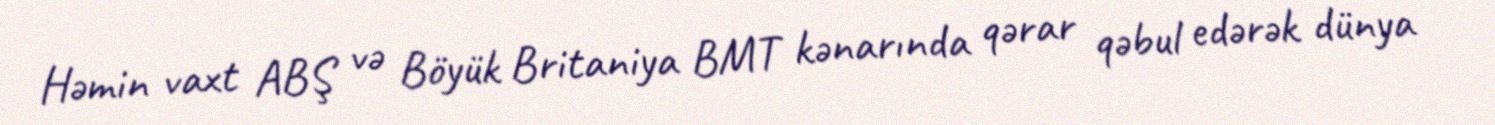
Həmin vaxt ABŞ və Böyük Britaniya BMT kənarında qərar qəbul edərək dünya